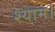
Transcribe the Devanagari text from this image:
श्याम।